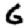
Digit: 6